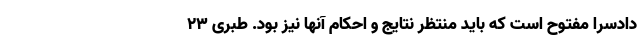
دادسرا مفتوح است که باید منتظر نتایج و احکام آنها نیز بود. طبری ۲۳